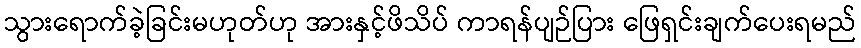
သွားရောက်ခဲ့ခြင်းမဟုတ်ဟု အားနှင့်ဖိသိပ် ကာရန်ပျဉ်ပြား ဖြေရှင်းချက်ပေးရမည်